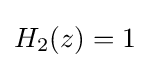
H_{2}(z)=1